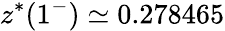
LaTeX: z^{*}(1^{-})\simeq 0.278465